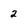
Character: 2